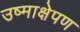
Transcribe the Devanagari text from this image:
उष्माक्षेपण